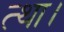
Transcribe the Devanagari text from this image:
त्था।